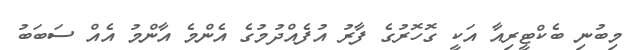
މިބުނި ބެކްޓީރިއާ އަކީ ގޮހޮރުގެ ފާރު އުފެއްދުމުގެ އެންމެ އާންމު އެއް ސަބަބު